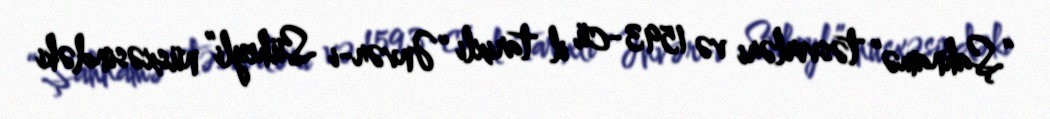
“Şahnamə” təsvirləri və 1593-cü il tarixli “Ənvər-i Süheyli” nüsxəsindəki